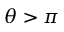
\theta > \pi